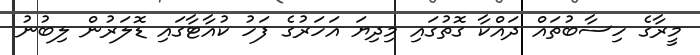
މީރާގެ ހިސާބުތައް ދައްކާ ގޮތުގައި މިދިޔަ އަހަރުގެ ފަހު ކުއާޓާގައި ޑޮލަރުން ލިބުނު